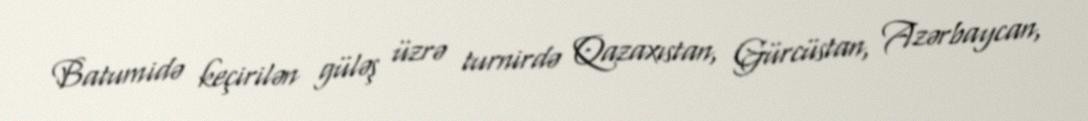
Batumidə keçirilən güləş üzrə turnirdə Qazaxıstan, Gürcüstan, Azərbaycan,